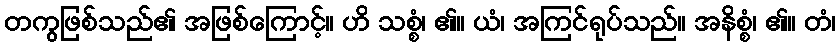
တကွဖြစ်သည်၏ အဖြစ်ကြောင့်။ ဟိ သစ္စံ၊ ၏။ ယံ၊ အကြင်ရုပ်သည်။ အနိစ္စံ၊ ၏။ တံ၊